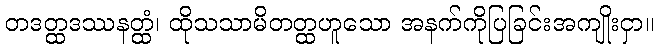
တဒတ္ထဒဿနတ္ထံ၊ ထိုသသာမိတတ္ထဟူသော အနက်ကိုပြခြင်းအကျိုးငှာ။